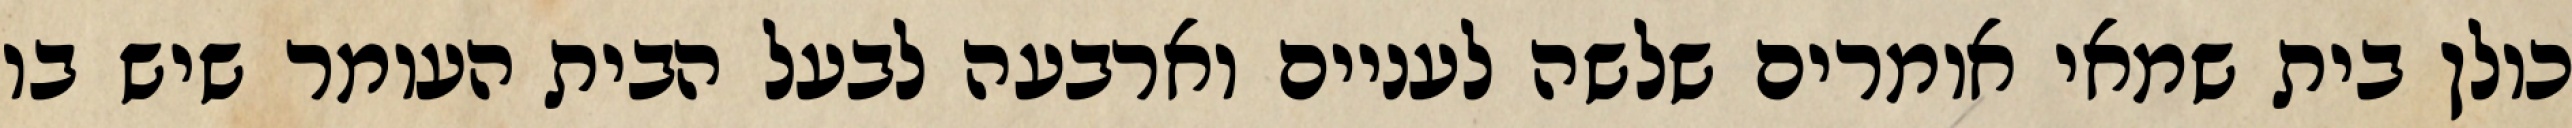
כולן בית שמאי אומרים שלשה לעניים וארבעה לבעל הבית העומר שיש בו